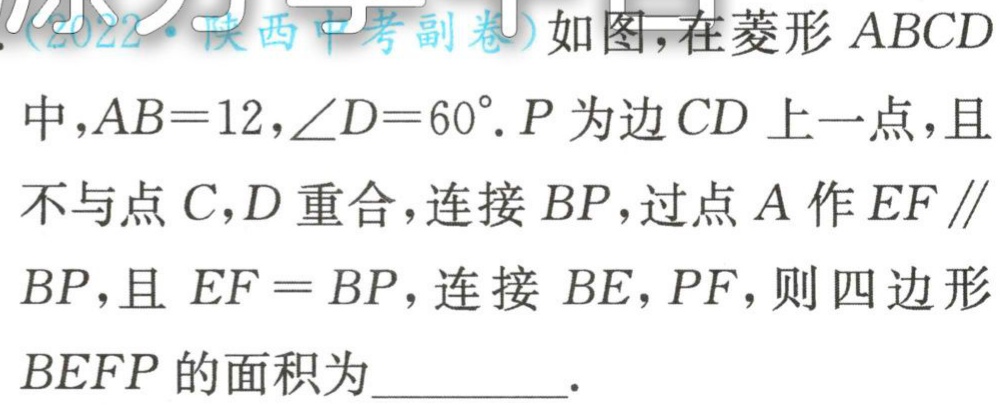
(2022·陕西中考副卷)如图,在菱形 \(ABCD\) 中,\(AB = 12\),\(\angle D=60^{\circ}\). \(P\) 为边 \(CD\) 上一点,且不与点 \(C\),\(D\) 重合,连接 \(BP\),过点 \(A\) 作 \(EF\parallel BP\),且 \(EF = BP\),连接 \(BE\),\(PF\),则四边形 \(BEFP\) 的面积为__________.